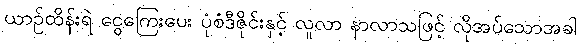
ယာဉ်ထိန်းရဲ ငွေကြေးပေး ပုံစံဒီဇိုင်းနှင့် လူလာ နာလာသဖြင့် လိုအပ်သောအခါ